Civil Veterinary Dept. North-West Frontier Province 1901-22 - 1901-1922
Year: 1901
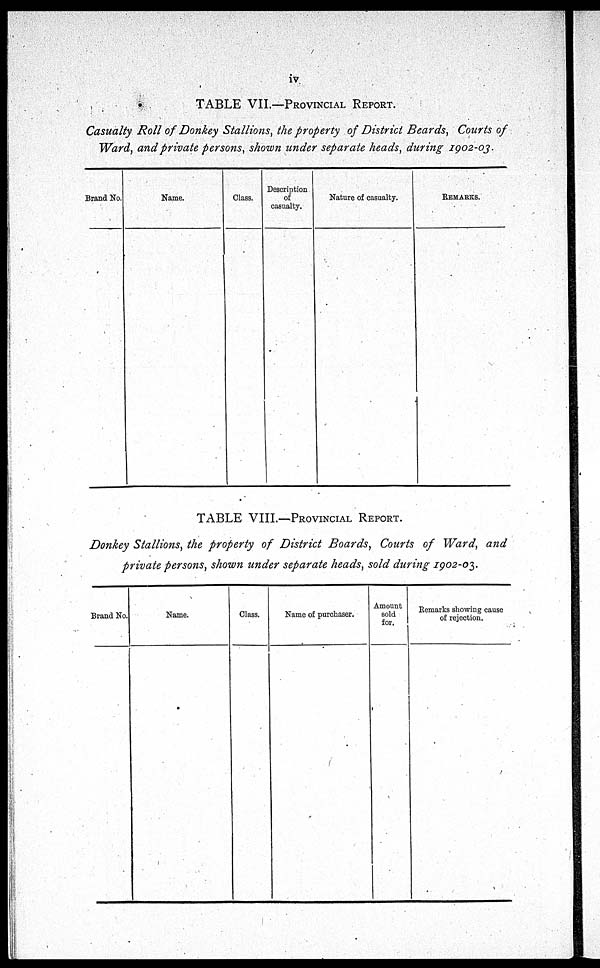
iv
TABLE VII.—PROVINCIAL REPORT.
Casualty Roll of Donkey Stallions, the property of District Beards, Courts of
Ward, and private persons, shown under separate heads, during 1902-03.
Brand No.
Name.
Class.
Description
of
casualty.
Nature of casualty.
REMARKS.
TABLE VIII.—PROVINCIAL REPORT.
Donkey Stallions, the property of District Boards, Courts of Ward, and
private persons, shown under separate heads, sold during 1902-03.
Brand No.
Name.
Class.
Name of purchaser.
Amount
sold
for.
Remarks showing cause
of rejection.